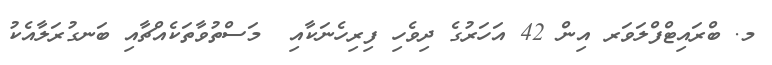
މ. ބްރައިޓްފްލަވަރ އިން 42 އަހަރުގެ ދިވެހި ފިރިހެނަކާއި  މަސްތުވާތަކެއްޗާއި ބަނގުރަލާއެކު